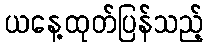
ယနေ့ထုတ်ပြန်သည့်